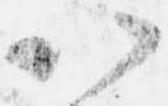
以